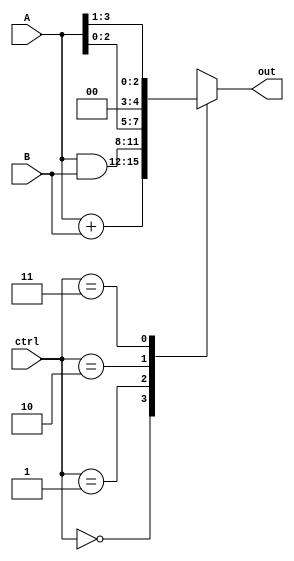
module alu (A,B,ctrl,out);
input signed [3:0] A,B;
input [1:0] ctrl;
output reg signed [3:0] out;

always @(*)

begin
   case (ctrl)
   2'b00 : out = A + B;
   2'b01 : out = A & B;
   2'b10 : out = A << 1;
   2'b11 : out = A >> 1;
   endcase
end

endmodule